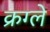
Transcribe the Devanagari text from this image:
क्रग्ले